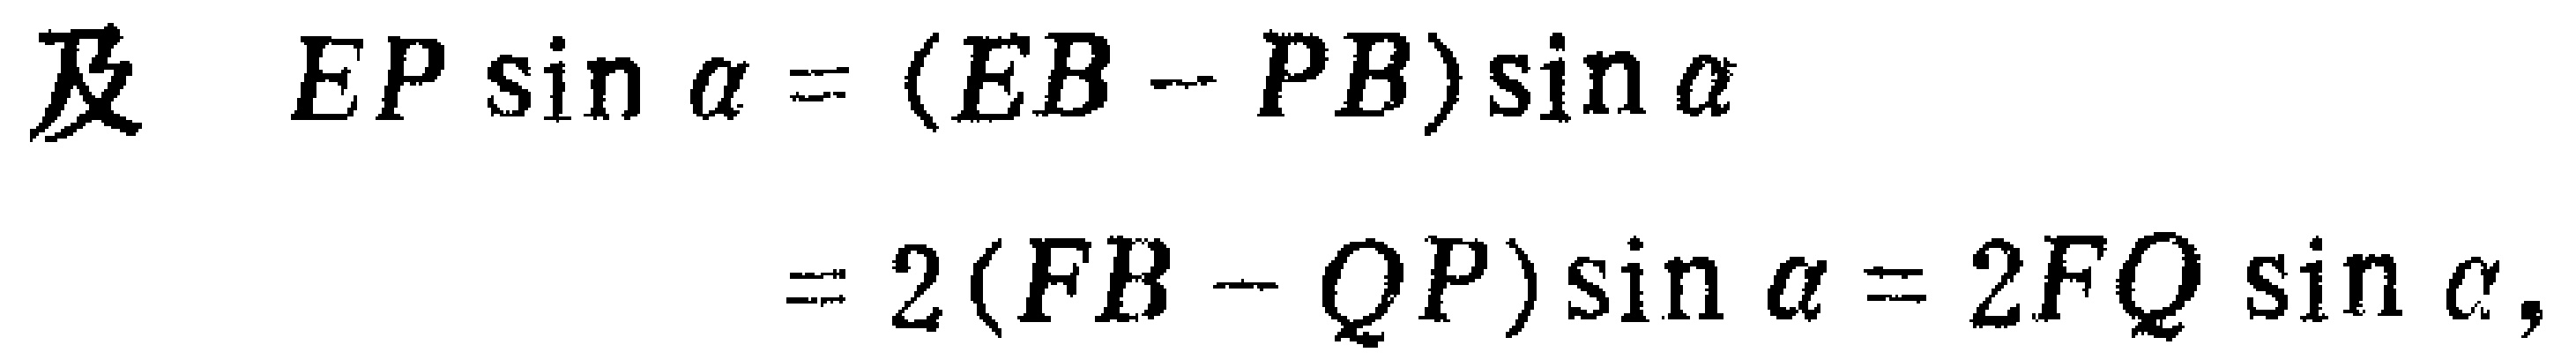
及 \(EP\sin\alpha = (EB - PB)\sin\alpha\)
\[
= 2(FB - QP)\sin\alpha = 2FQ\sin\alpha,
\]